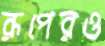
রূপেরও